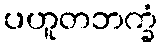
ပဟူတဘက္ခံ